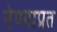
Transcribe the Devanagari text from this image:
नेण्याप्रत